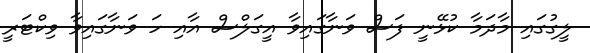
ލީގުގައި މާދަމާ ކުޅޭނީ ފަސް ވަނާގައިވާ އީގަލްސް އާއި ހަ ވަނާގައިވާ ވިކްޓަރީ